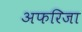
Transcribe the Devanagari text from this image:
अफरिजा